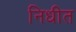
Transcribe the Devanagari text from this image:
निधीत